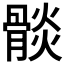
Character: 𩩧